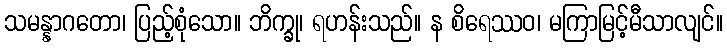
သမန္နာဂတော၊ ပြည့်စုံသော။ ဘိက္ခု၊ ရဟန်းသည်။ န စိရေဿဝ၊ မကြာမြင့်မီသာလျင်။